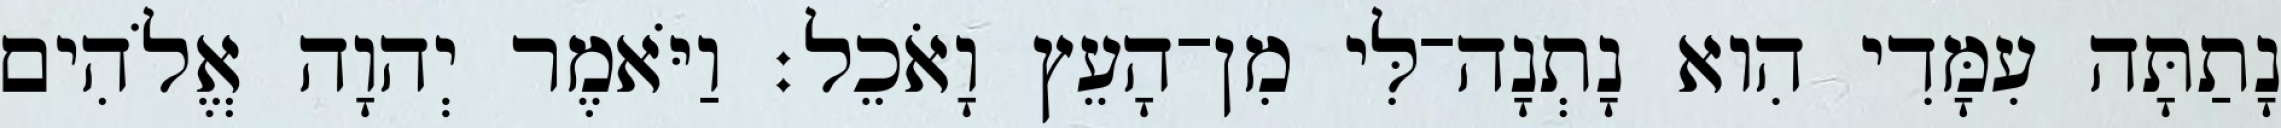
נָתַתָּה עִמָּדִי הִוא נָתְנָה־לִּי מִן־הָעֵץ וָאֹכֵל׃ וַיֹּאמֶר יְהוָה אֱלֹהִים